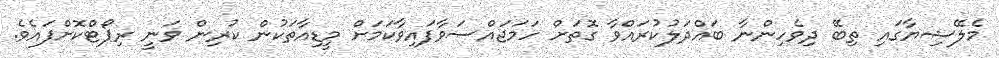
މެލޭޝިޔާގައި ތިބޭ ދިވެހިންނާ ބައްދަލުކުރައްވާ ގޮތަށް ހަމަޖައްސަވާފައިވާކަމަށް މީޑިއާތަކުން ކުރިން ވަނީ ރިޕޯޓްކޮށްފައެވެ.